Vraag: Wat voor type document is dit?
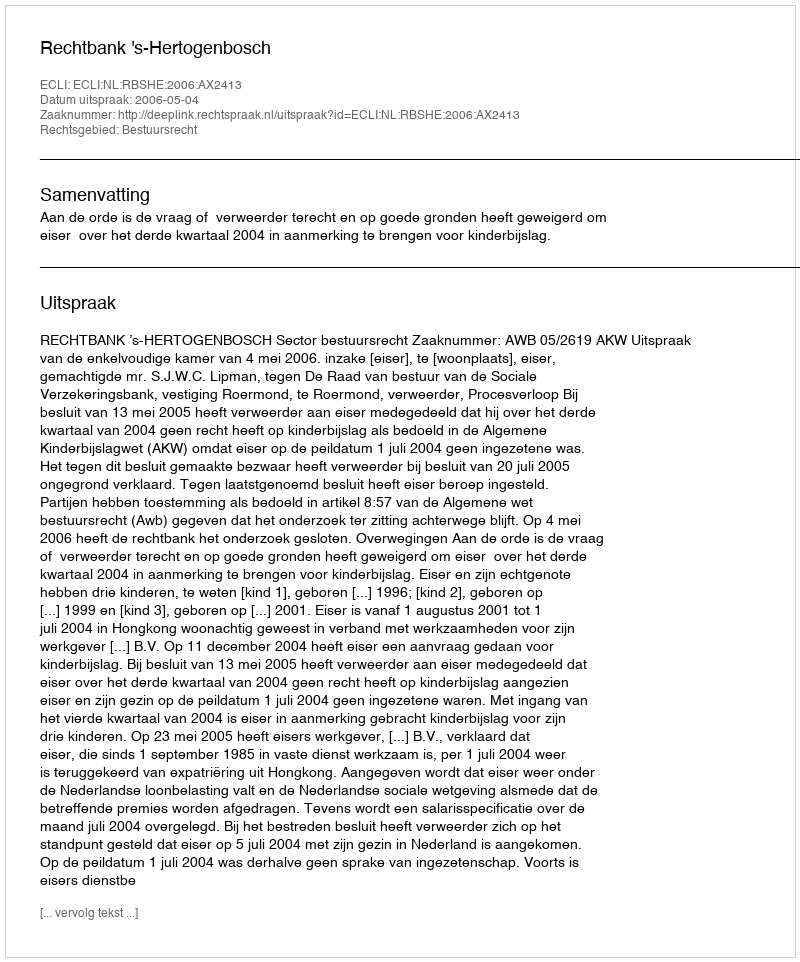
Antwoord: Uitspraak